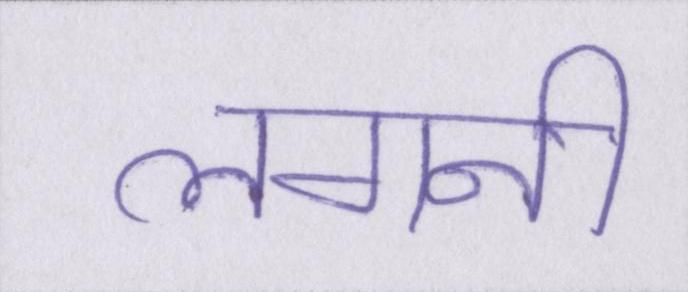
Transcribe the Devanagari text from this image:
लगनी